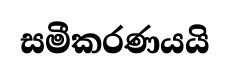
සමීකරණයයි